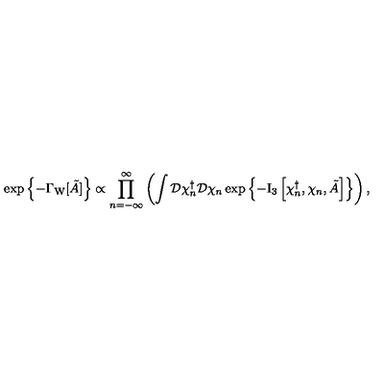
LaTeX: \exp \left\{ - \Gamma _ { \mathrm { W } } [ \tilde { A } ] \right\} \propto \prod _ { n = - \infty } ^ { \infty } \left( \int \mathcal { D } \chi _ { n } ^ { \dagger } \mathcal { D } \chi _ { n } \exp \left\{ - \mathrm { I } _ { 3 } \left[ \chi _ { n } ^ { \dagger } , \chi _ { n } , \tilde { A } \right] \right\} \right) ,